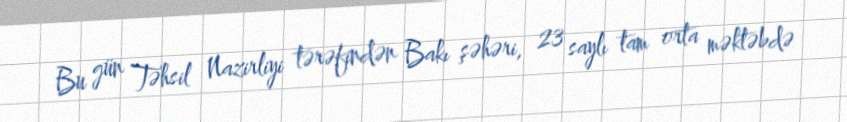
Bu gün Təhsil Nazirliyi tərəfindən Bakı şəhəri, 23 saylı tam orta məktəbdə